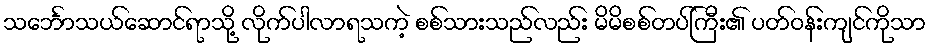
သင်္ဘောသယ်ဆောင်ရာသို့ လိုက်ပါလာရသကဲ့ စစ်သားသည်လည်း မိမိစစ်တပ်ကြီး၏ ပတ်ဝန်းကျင်ကိုသာ